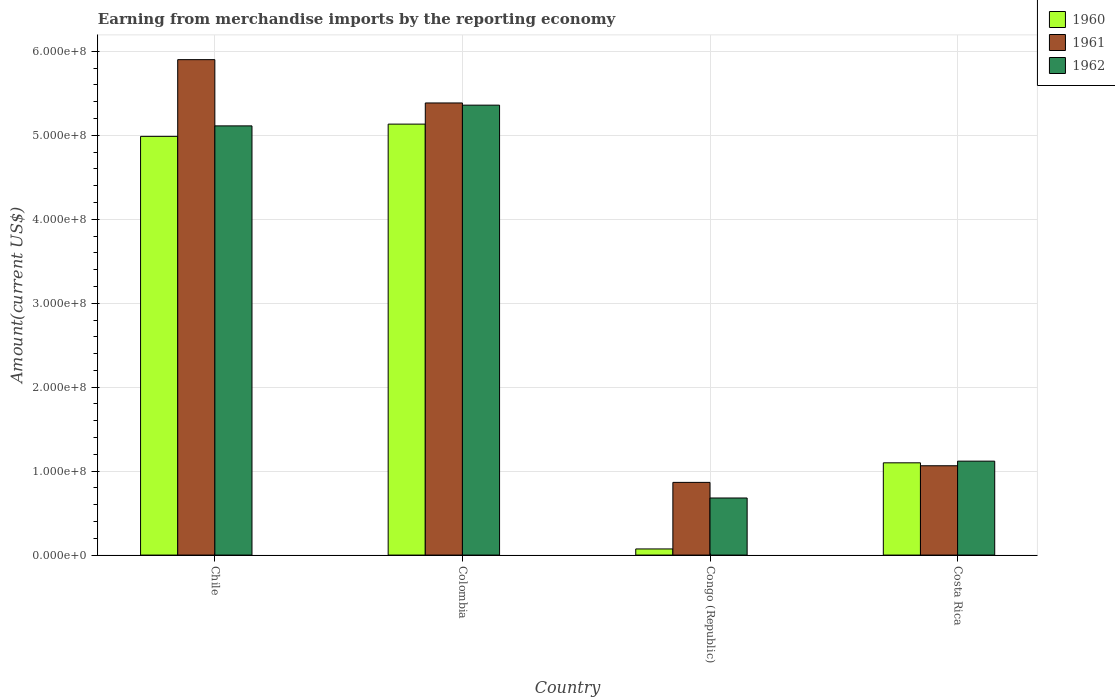
| Country | 1960 | 1961 | 1962 |
 | --- | --- | --- | --- |
 | Chile | 4.99e+08 | 5.9e+08 | 5.11e+08 |
 | Colombia | 5.13e+08 | 5.39e+08 | 5.36e+08 |
 | Congo (Republic) | 7.3e+06 | 8.66e+07 | 6.8e+07 |
 | Costa Rica | 1.1e+08 | 1.06e+08 | 1.12e+08 |